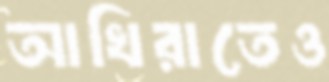
আখিরাতেও